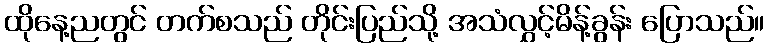
ထိုနေ့ညတွင် တက်စသည် တိုင်းပြည်သို့ အသံလွှင့်မိန့်ခွန်း ပြောသည်။